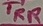
Text: TRR